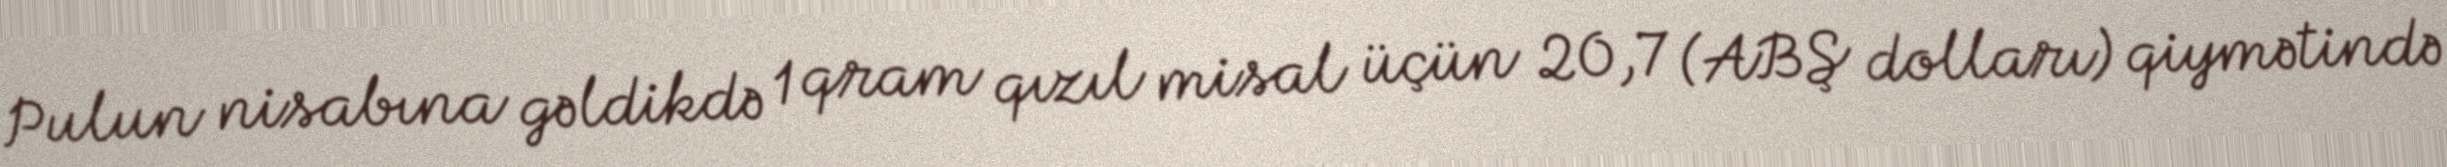
Pulun nisabına gəldikdə 1 qram qızıl misal üçün 20,7 (ABŞ dolları) qiymətində